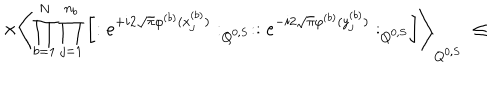
\times \left\langle \prod _ { b = 1 } ^ { N } \prod _ { j = 1 } ^ { n _ { b } } \left[ : e ^ { + i 2 \sqrt { \pi } \varphi ^ { ( b ) } ( x _ { j } ^ { ( b ) } ) } : _ { Q ^ { 0 , S } } : : e ^ { - i 2 \sqrt { \pi } \varphi ^ { ( b ) } ( y _ { j } ^ { ( b ) } ) } : _ { Q ^ { 0 , S } } \right] \right\rangle _ { Q ^ { 0 , S } } \; \leq